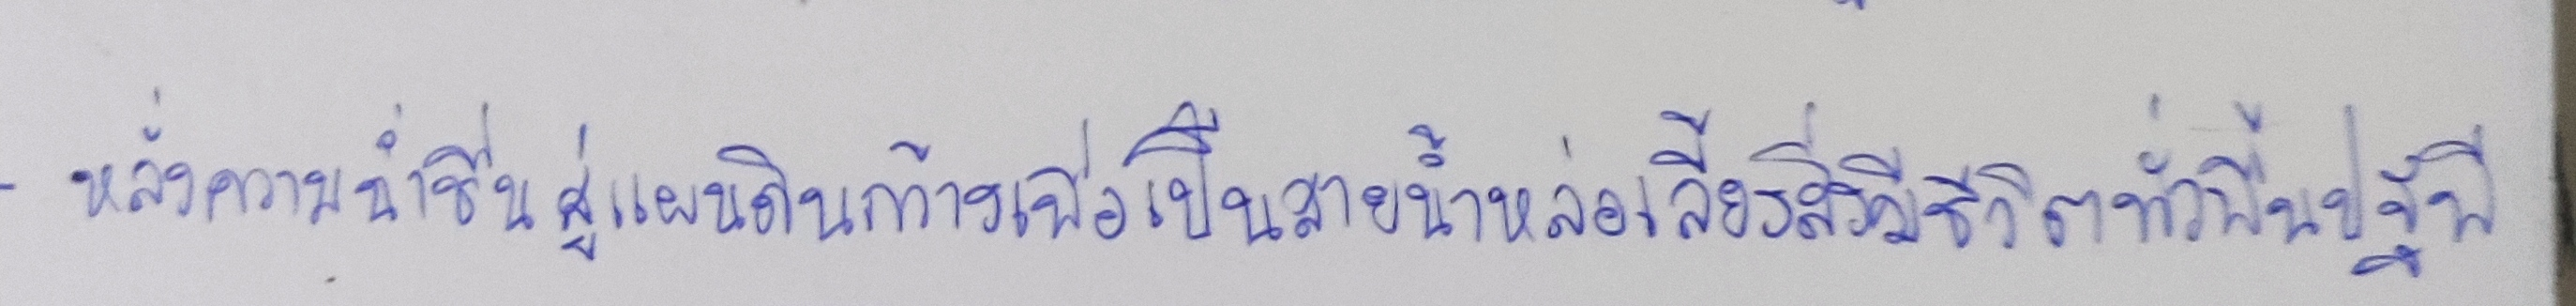
หลั่งความฉ่ำชื่นสู่แผนดินกว้างเพื่อเป็นสายน้ำหล่อเลี้ยงสิ่งมีชีวิตทั่วพื้นปฐพี